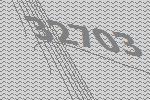
32703